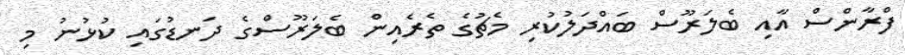
ފްރާންސް އާއި ބެލަރޫސް ބައްދަލުކުރި މެޗުގެ ތެރެއިން ބެލަރޫސްގެ ދަނޑުގައި ކުޅުނު މި